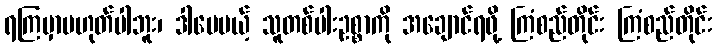
ရကြမှာမဟုတ်ပါဘူး၊ ဒါပေမယ့် သူတစ်ပါးဥစ္စာကို အချောင်ရဖို့ ကြံစည်တိုင်း ကြံစည်တိုင်း